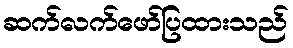
ဆက်လက်ဖော်ပြထားသည်